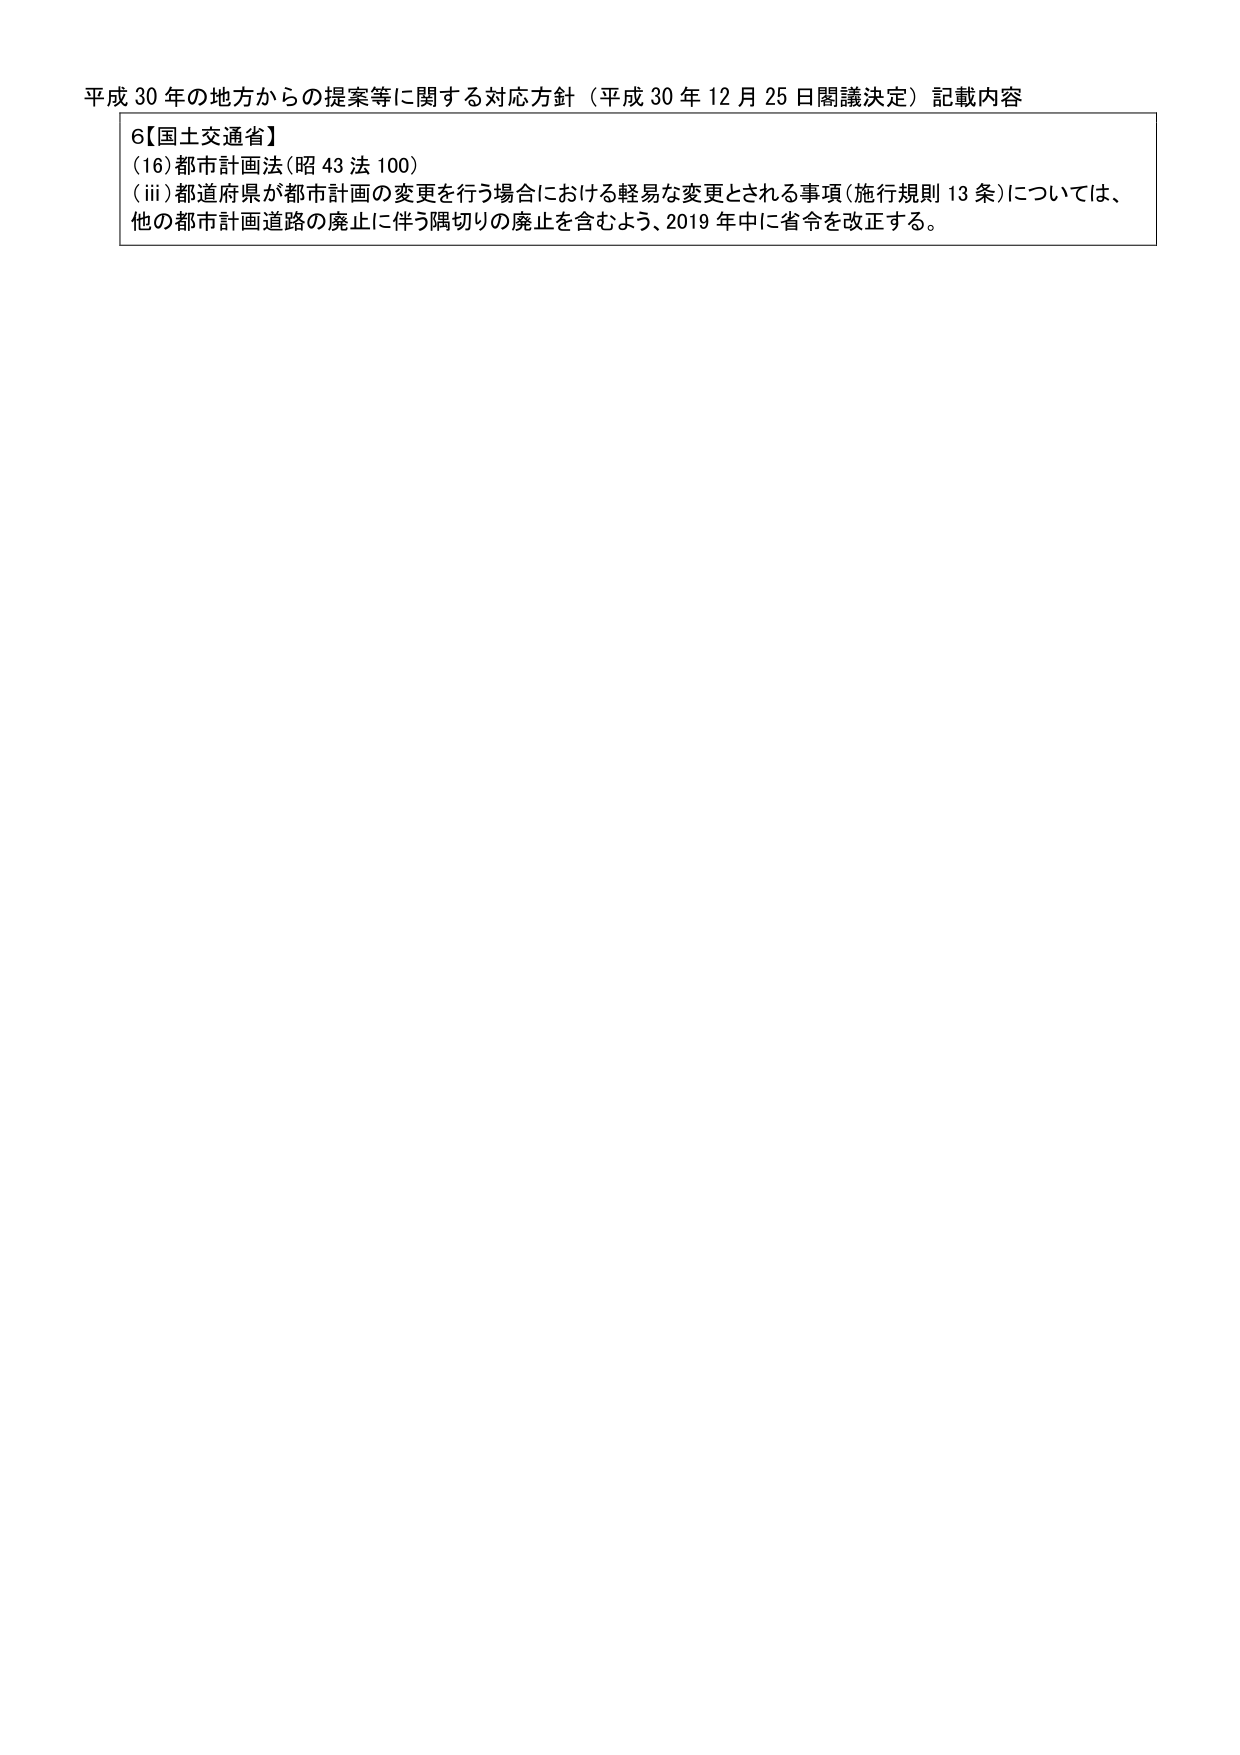
平成30年の地方からの提案等に関する対応方針（平成30年12月25日閣議決定）記載内容
6【国土交通省】
(16)都市計画法(昭43法100)
(iii)都道府県が都市計画の変更を行う場合における軽易な変更とされる事項(施行規則13条)については、
他の都市計画道路の廃止に伴う隅切りの廃止を含むよう、2019年中に省令を改正する。